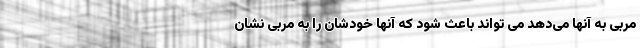
مربی به آنها می‌دهد می تواند باعث شود که آنها خودشان را به مربی نشان